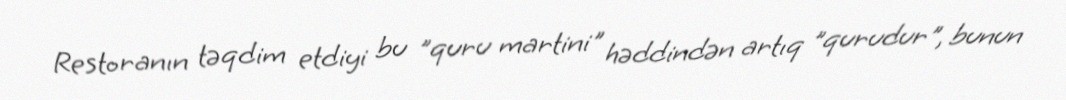
Restoranın təqdim etdiyi bu "quru martini" həddindən artıq "qurudur", bunun